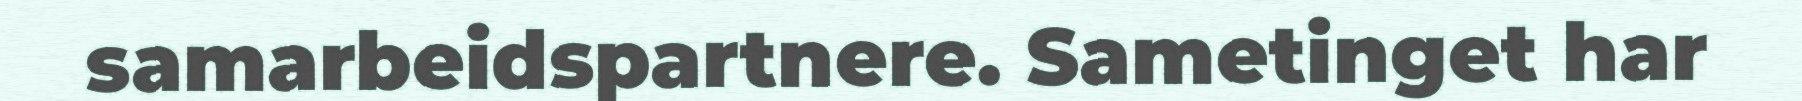
samarbeidspartnere. Sametinget har